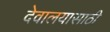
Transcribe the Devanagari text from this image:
देवालयासाठी